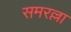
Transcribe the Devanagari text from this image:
समरल्ला